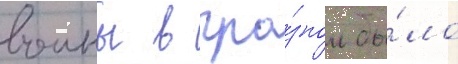
воины в гро́зном бы́ло